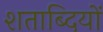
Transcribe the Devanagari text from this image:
शताब्‍दियों